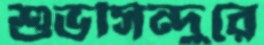
শুভসিন্দুরে